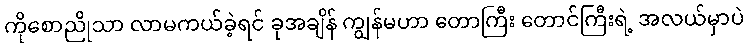
ကိုစောညိုသာ လာမကယ်ခဲ့ရင် ခုအချိန် ကျွန်မဟာ တောကြီး တောင်ကြီးရဲ့ အလယ်မှာပဲ